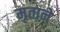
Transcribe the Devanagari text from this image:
मृताने